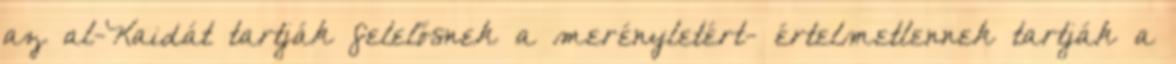
az al-Kaidát tartják felelősnek a merényletért- értelmetlennek tartják a